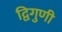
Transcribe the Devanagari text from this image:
द्विगुणी